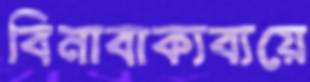
বিনাবাক্যব্যয়ে